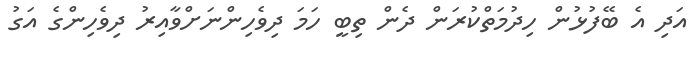
އަދި އެ ބޭފުޅުން ހިދުމަތްކުރަން ދެން ތިބީ ހަމަ ދިވެހިންނަށްވާއިރު ދިވެހިންގެ އަގު